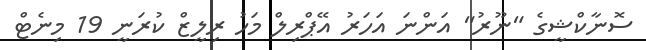
ސޮނާކްޝީގެ "ނޫރު" އަންނަ އަހަރު އޭޕްރިލް މަހު ރިލީޒް ކުރަނީ 19 މިނެޓް